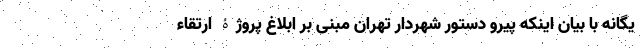
یگانه با بیان اینکه پیرو دستور شهردار تهران مبنی بر ابلاغ پروژۀ ارتقاء